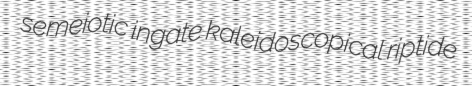
semeiotic ingate kaleidoscopical riptide